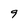
Character: 9